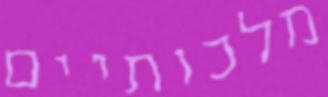
מלכותיים